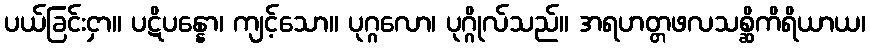
ပယ်ခြင်းငှာ။ ပဋိပန္နော၊ ကျင့်သော။ ပုဂ္ဂလော၊ ပုဂ္ဂိုလ်သည်။ အရဟတ္တဖလသစ္ဆိကိရိယာယ၊